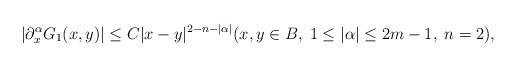
LaTeX: \begin{align*} |\partial^\alpha_x G_1(x,y)| \leq C |x-y|^{2-n-|\alpha|} (x,y\in B,\;1\leq |\alpha|\leq 2m-1,\;n=2), \end{align*}